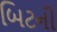
બિટની